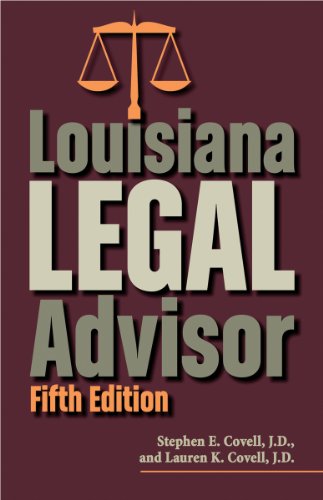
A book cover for Louisiana Legal Advisor: Fifth Edition; Stephen Covell; Law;